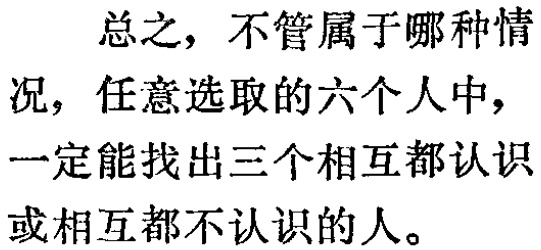
总之，不管属于哪种情况，任意选取的六个人中，一定能找出三个相互都认识或相互都不认识的人。